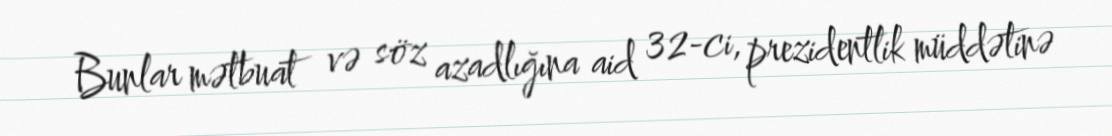
Bunlar mətbuat və söz azadlığına aid 32-ci, prezidentlik müddətinə